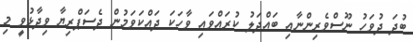
ބުދަ ދުވަހު ނޫސްވެރިންނާއި ބައްދަލު ކުރައްވައި ވާހަކަ ދައްކަވަމުން ދެސަޕްރިޔާ ވިދާޅުވީ މި